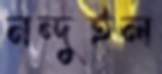
নন্দুইল